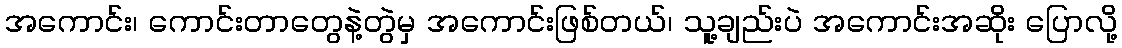
အကောင်း၊ ကောင်းတာတွေနဲ့တွဲမှ အကောင်းဖြစ်တယ်၊ သူ့ချည်းပဲ အကောင်းအဆိုး ပြောလို့